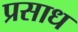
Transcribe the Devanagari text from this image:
प्रसाध